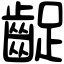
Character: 齪